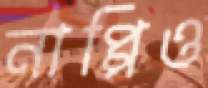
নাপ্পিও